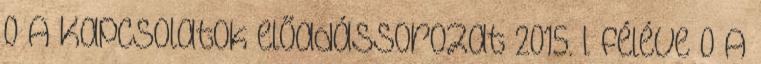
0 A Kapcsolatok előadássorozat 2015. I. féléve 0 A